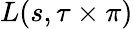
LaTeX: L(s,\tau\times\pi)